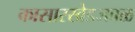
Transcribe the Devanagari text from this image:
कासारखेडजवळ